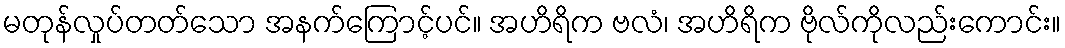
မတုန်လှုပ်တတ်သော အနက်ကြောင့်ပင်။ အဟိရိက ဗလံ၊ အဟိရိက ဗိုလ်ကိုလည်းကောင်း။